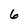
Character: 6